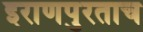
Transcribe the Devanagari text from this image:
इराणपुरताच